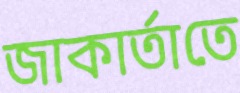
জাকার্তাতে